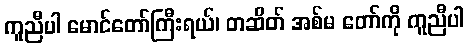
ကူညီပါ မောင်တော်ကြီးရယ်၊ တဆိတ် အစ်မ တော်ကို ကူညီပါ